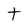
Character: t